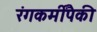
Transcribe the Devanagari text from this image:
रंगकर्मींपैकी